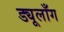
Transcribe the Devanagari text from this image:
ड्यूलाँग